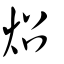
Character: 炤